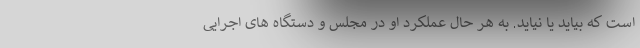
است که بیاید یا نیاید. به هر حال عملکرد او در مجلس و دستگاه های اجرایی